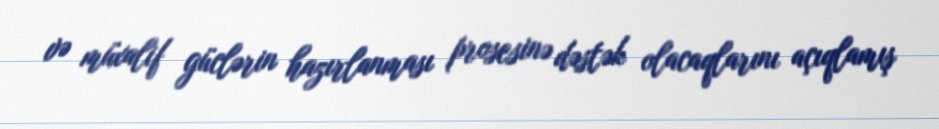
və müxalif güclərin hazırlanması prosesinə dəstək olacaqlarını açıqlamış